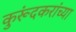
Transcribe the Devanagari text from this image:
कुरूंदकरांच्या